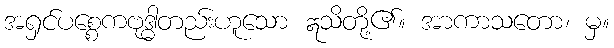
အရှင်ပစ္စေကဗုဒ္ဓါတည်းဟူသော ဣသိတို့၏။ အာကာသတော၊ မှ။